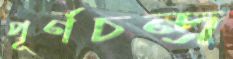
পূর্ণচন্দ্র